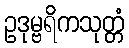
ဥဒုမ္ဗရိကသုတ္တံ